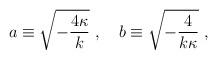
LaTeX: \begin{align*}a\equiv\sqrt{-{4\kappa \over k}}\ ,\ \ \ b\equiv\sqrt{-{4 \over k\kappa}}\ ,\end{align*}